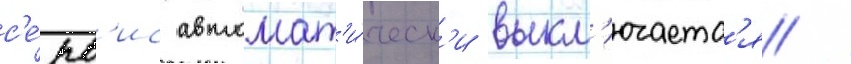
с'е́рв'ис автомат'и́ческ'и выкл'ючаетс'я /